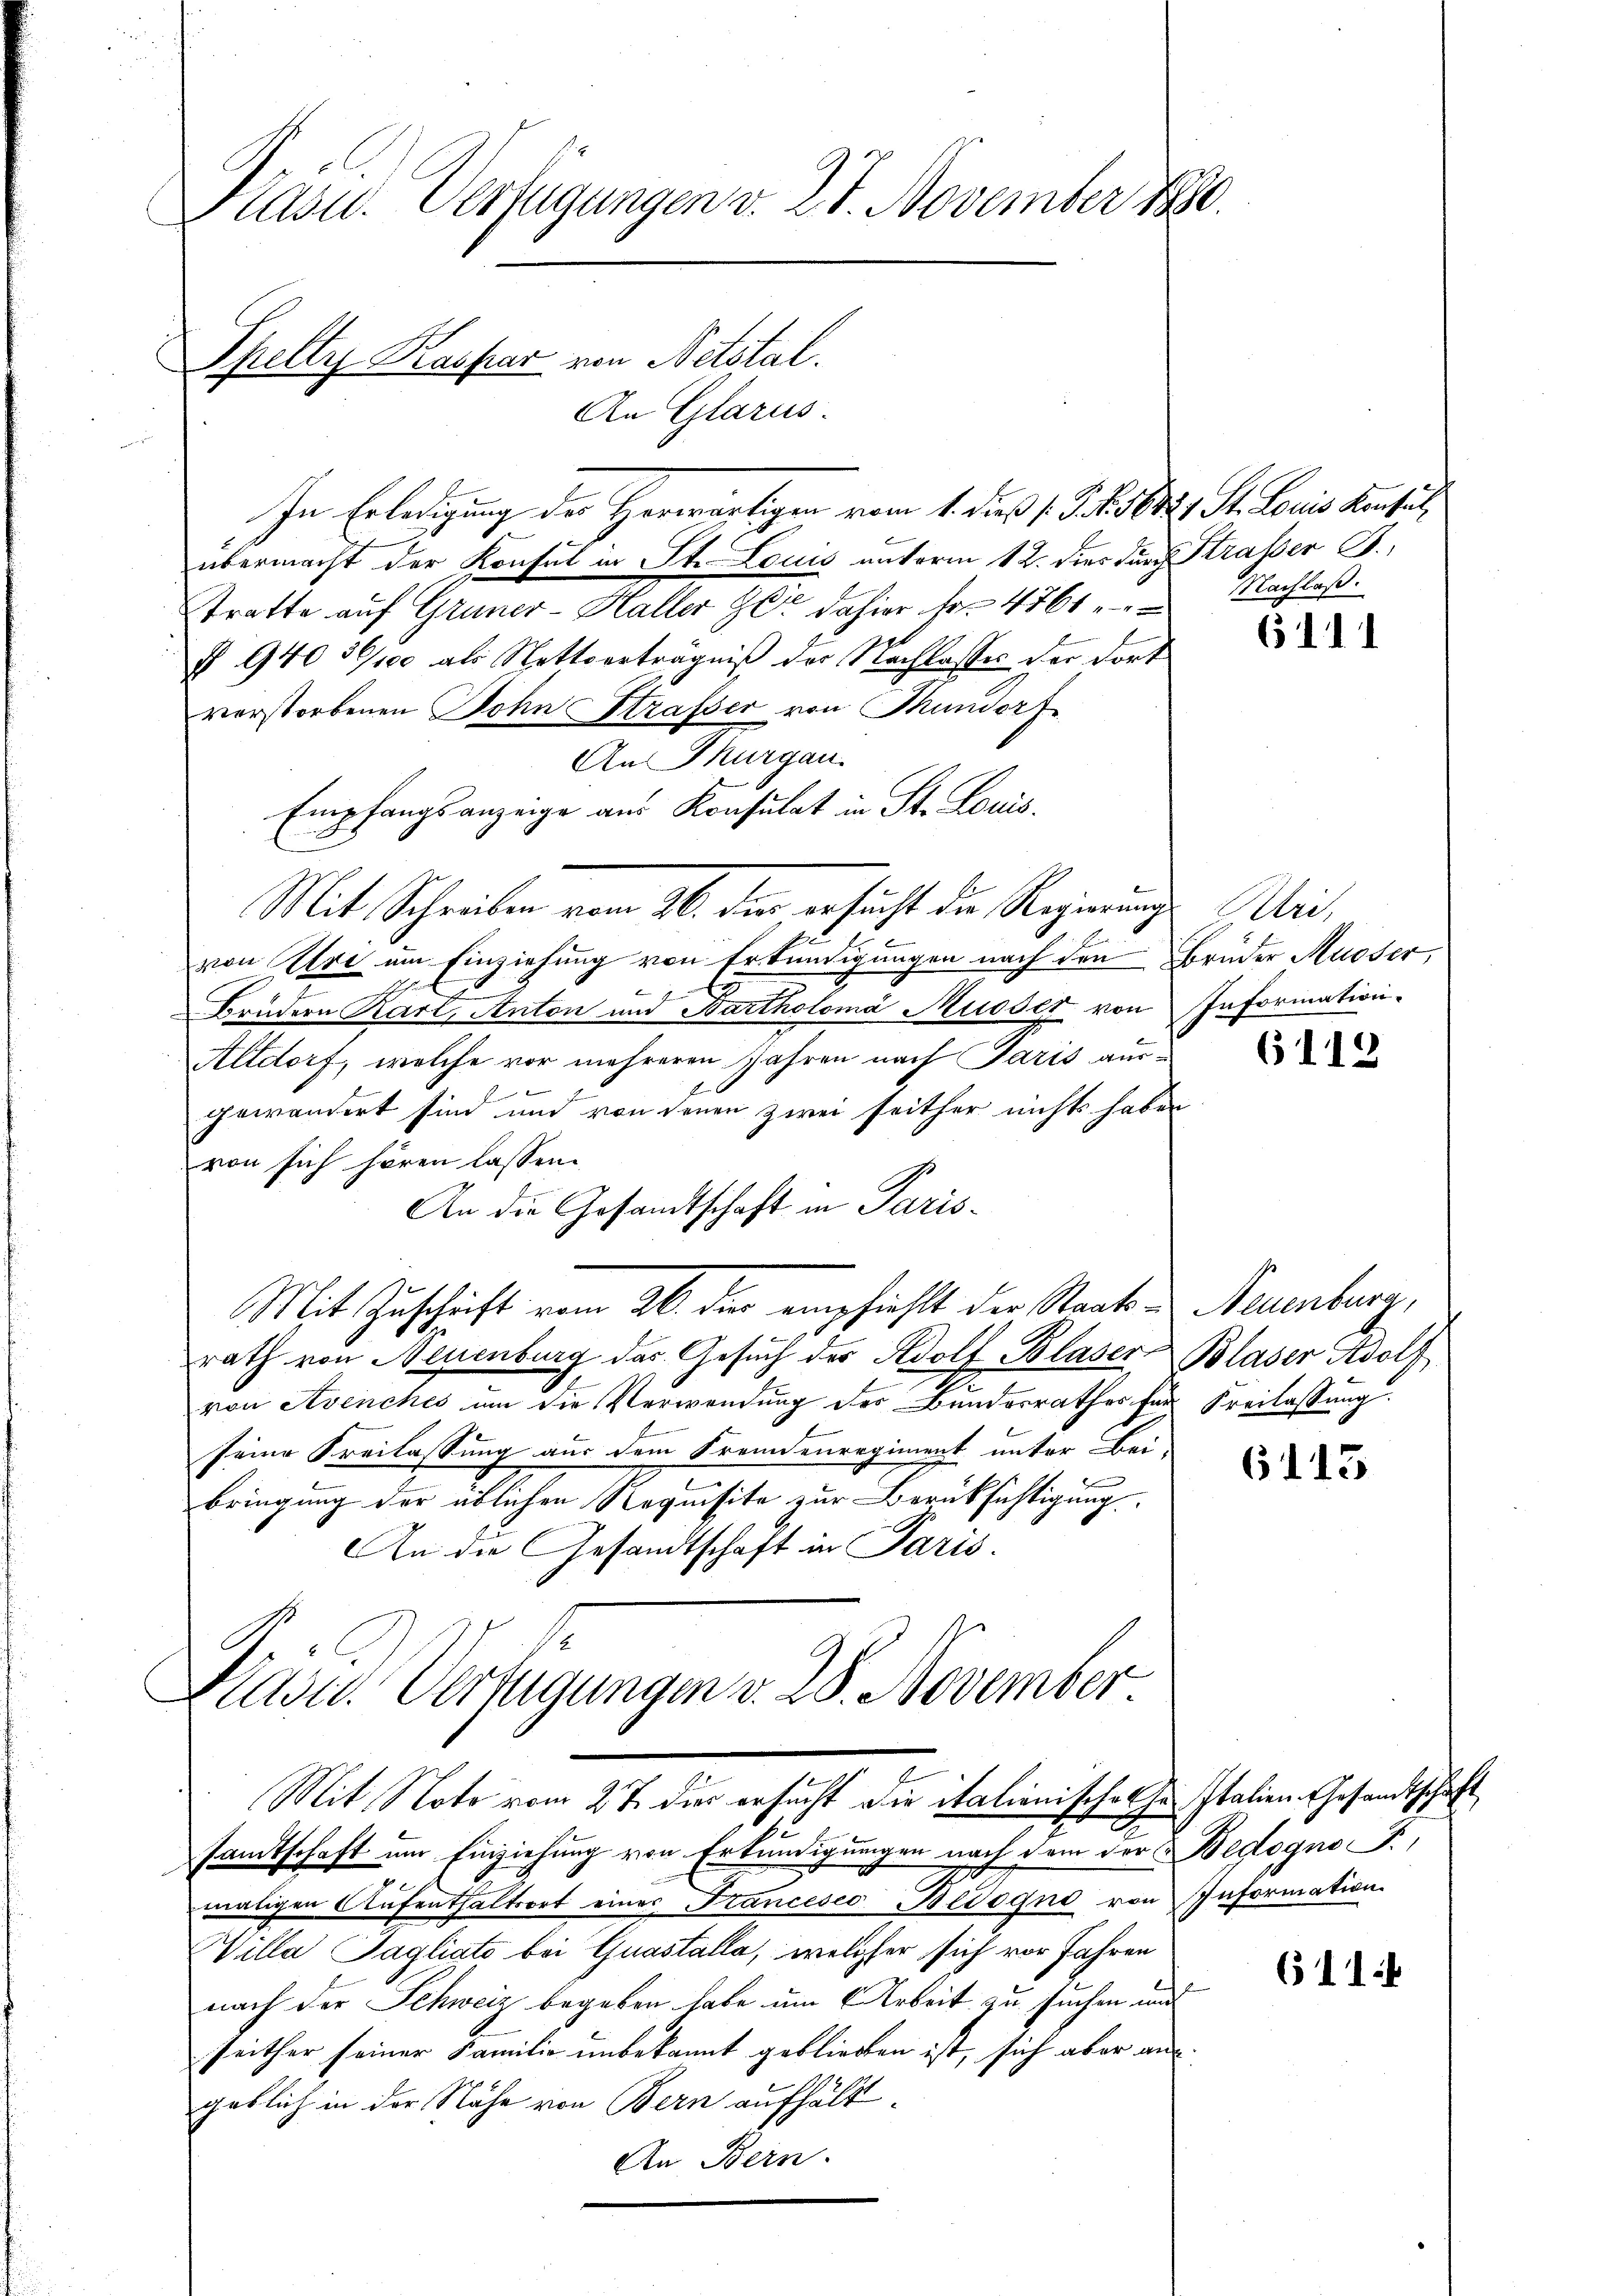
Kasu. Verfügungen v. 27. November 1880.

Spelte Kaspar von Netstal.

In Erledigung des Herwärtigen vom 1. daß 1. J. J. 1882, St. Louis Konsul
übermacht der Konsul in St. Louis unterm 12. dies durch Strasser B.,
stratte auf Gruner-Haller ze dahier fr. 4761. Nachlaβ.
§ 940 36/100 als Nettverträgniß der Nachlasses der dort
verstorbenen Sohn Straßer von Mundorf
An Thurgau.
Empfangsanzeige aus Konsulat in St. Louis
Mit Schreiben vom 26. den ersucht die Regierungs Abi,
von Uri um Einziehung von Erkundigungen nach den Brüder Musser,
Fran
Brüdern Karl, Anton und Bartholomá Musser von
Altdorf, welche vor mehreren Jahren nach Paris ausgewandert sind und von denen zwei seither nichts haben
von sich hören lassen.
An die Gesandtschaft in Paris¬
Mit Zuschrift vom 26. der empfiehlt der Staatsrath von Neuenburg das Gesuch der Adolf Blaser-
von Avenches um die Verwendung der Bundesrathes für Freilassung
seine Freilassung aus dem Fremdenregiment unter Bei-
bringung der üblichen Requisite zur Berücksichtigung.
An die Gesandtschaft in Paris.
Präsid. Verfügungen v. 28. November

An Glarus.

Mit Note vom 27. dies ersucht die italienisches hr. Italien Gesandtschaft

sandtschaft um Einziehung von Erkundigungen nach dem der Bedogno F.,
maligen Aŭfenthaltsort einer Francesco Bevogno von Information
Willa Tagliato bei Quastalla, welcher sich vor Jahren
nach der Schweiz begeben habe um Arbeit zu suchen und
seither seiner Familie unbekannt gebliebten ist, sich aber angeblich in der Nähe von Bern aufhält¬
An Bern.

6111

Information.

6112

Neuenburg,
Blaser Adolf

613

611: